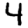
Digit: 4